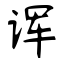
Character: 诨